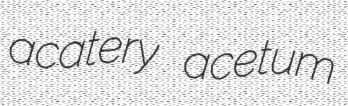
acatery acetum